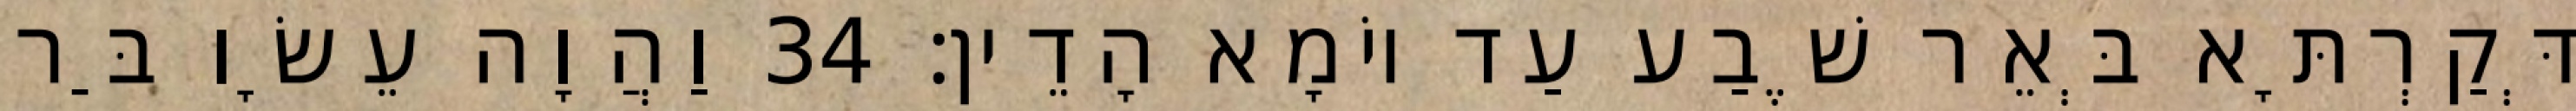
דְּקַרְתָּא בְּאֵר שֶׁבַע עַד יוֹמָא הָדֵין׃ 34 וַהֲוָה עֵשָׂו בַּר